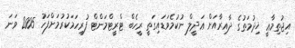
އިޖުތިމާޢީ ޚިދުމަތުގެ ދާއިރާއަށް ޢަދީލް ނުކުމެވަޑައިގަތީ ރީހެބް ޓްރީޓްމަންޓް ފުރިހަމަކުރުމަށްފަހު 2005 ވަނަ